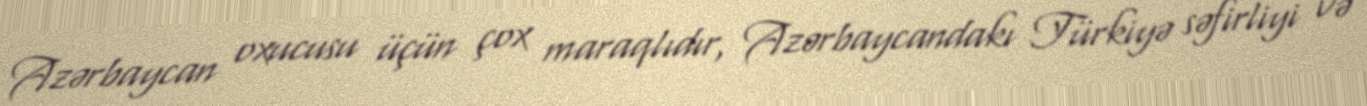
Azərbaycan oxucusu üçün çox maraqlıdır, Azərbaycandakı Türkiyə səfirliyi və